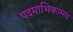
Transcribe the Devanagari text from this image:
पदमाभिकामय